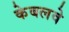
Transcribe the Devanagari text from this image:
केबलवे